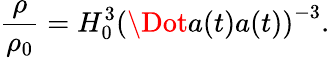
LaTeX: \frac{\rho}{\rho_{0}}=H_{0}^{3}\left(\Dot{a}(t)a(t)\right)^{-3}.